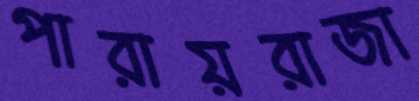
পারায়রাজা